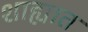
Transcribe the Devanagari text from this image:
शाह्यात